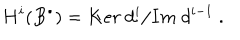
LaTeX: H ^ { i } ( B ^ { \bullet } ) = { K e r \ d ^ { i } } / { I m \ d ^ { i - 1 } } \ .